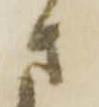
さ